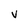
Character: V